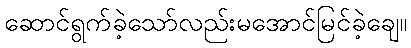
ဆောင်ရွက်ခဲ့သော်လည်းမအောင်မြင်ခဲ့ချေ။